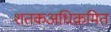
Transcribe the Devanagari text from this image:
शतकअधिक्रमित